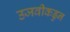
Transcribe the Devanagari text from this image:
उजवीकडुन